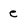
Character: e